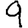
Digit: 9